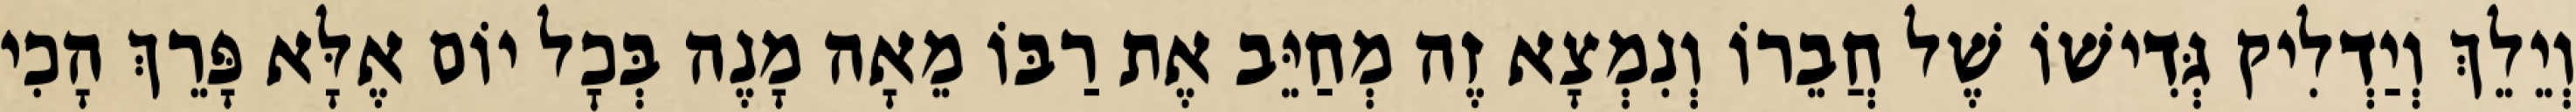
וְיֵלֵךְ וְיַדְלִיק גְּדִישׁוֹ שֶׁל חֲבֵרוֹ וְנִמְצָא זֶה מְחַיֵּב אֶת רַבּוֹ מֵאָה מָנֶה בְּכׇל יוֹם אֶלָּא פָּרֵךְ הָכִי